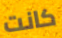
كانت